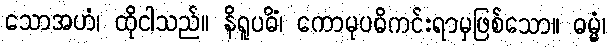
သောအဟံ၊ ထိုငါသည်။ နိရူပဓိံ၊ ကောမုပဓိကင်းရာမှဖြစ်သော။ ဓမ္မံ၊